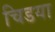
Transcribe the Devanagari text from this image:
चिडया